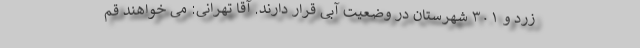
زرد و ۳۰۱ شهرستان در وضعیت آبی قرار دارند. آقا تهرانی: می خواهند قم